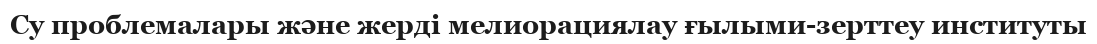
Су проблемалары және жерді мелиорациялау ғылыми-зерттеу институты